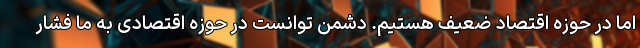
اما در حوزه اقتصاد ضعیف هستیم. دشمن توانست در حوزه اقتصادی به ما فشار